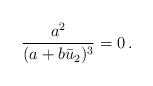
LaTeX: \begin{align*}\begin{aligned}\frac{a^2}{(a+b\bar{u}_2)^3}&=0\,.\end{aligned}\end{align*}